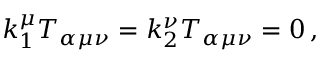
k _ { 1 } ^ { \mu } T _ { \alpha \mu \nu } = k _ { 2 } ^ { \nu } T _ { \alpha \mu \nu } = 0 \, ,